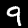
Digit: 9